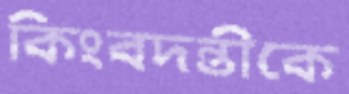
কিংবদন্তীকে